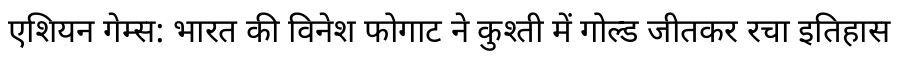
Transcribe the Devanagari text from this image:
एशियन गेम्स: भारत की विनेश फोगाट ने कुश्ती में गोल्ड जीतकर रचा इतिहास